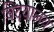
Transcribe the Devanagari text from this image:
बिदयालय